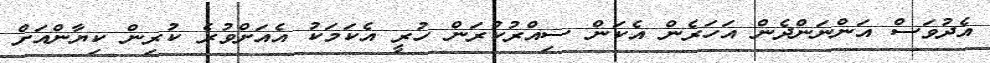
އެދުވަސް އަންނަންދެން އަހަރެން އެކަން ސިއްރުކުރަން ހުރީ އެކަމަކު އެއަށްވުރެ ކުރިން ކިޔާންއަށް